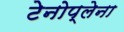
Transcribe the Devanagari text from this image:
टेनोप्लेना